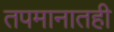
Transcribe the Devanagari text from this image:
तपमानातही